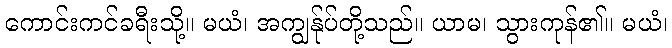
ကောင်းကင်ခရီးသို့။ မယံ၊ အကျွန်ုပ်တို့သည်။ ယာမ၊ သွားကုန်၏။ မယံ၊